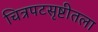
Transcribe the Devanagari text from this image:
चित्रपटसृष्टीतला